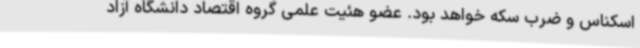
اسکناس و ضرب سکه خواهد بود. عضو هئیت علمی گروه اقتصاد دانشگاه آزاد